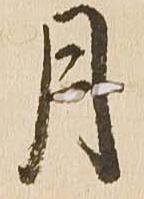
月